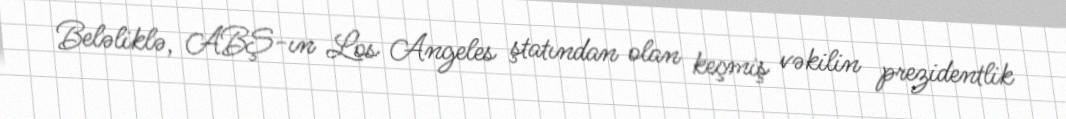
Beləliklə, ABŞ-ın Los Angeles ştatından olan keçmiş vəkilin prezidentlik